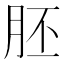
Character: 胚